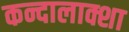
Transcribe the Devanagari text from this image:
कन्दालाक्शा